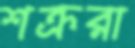
শক্ররা